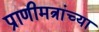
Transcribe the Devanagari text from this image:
प्राणीमत्रांच्या